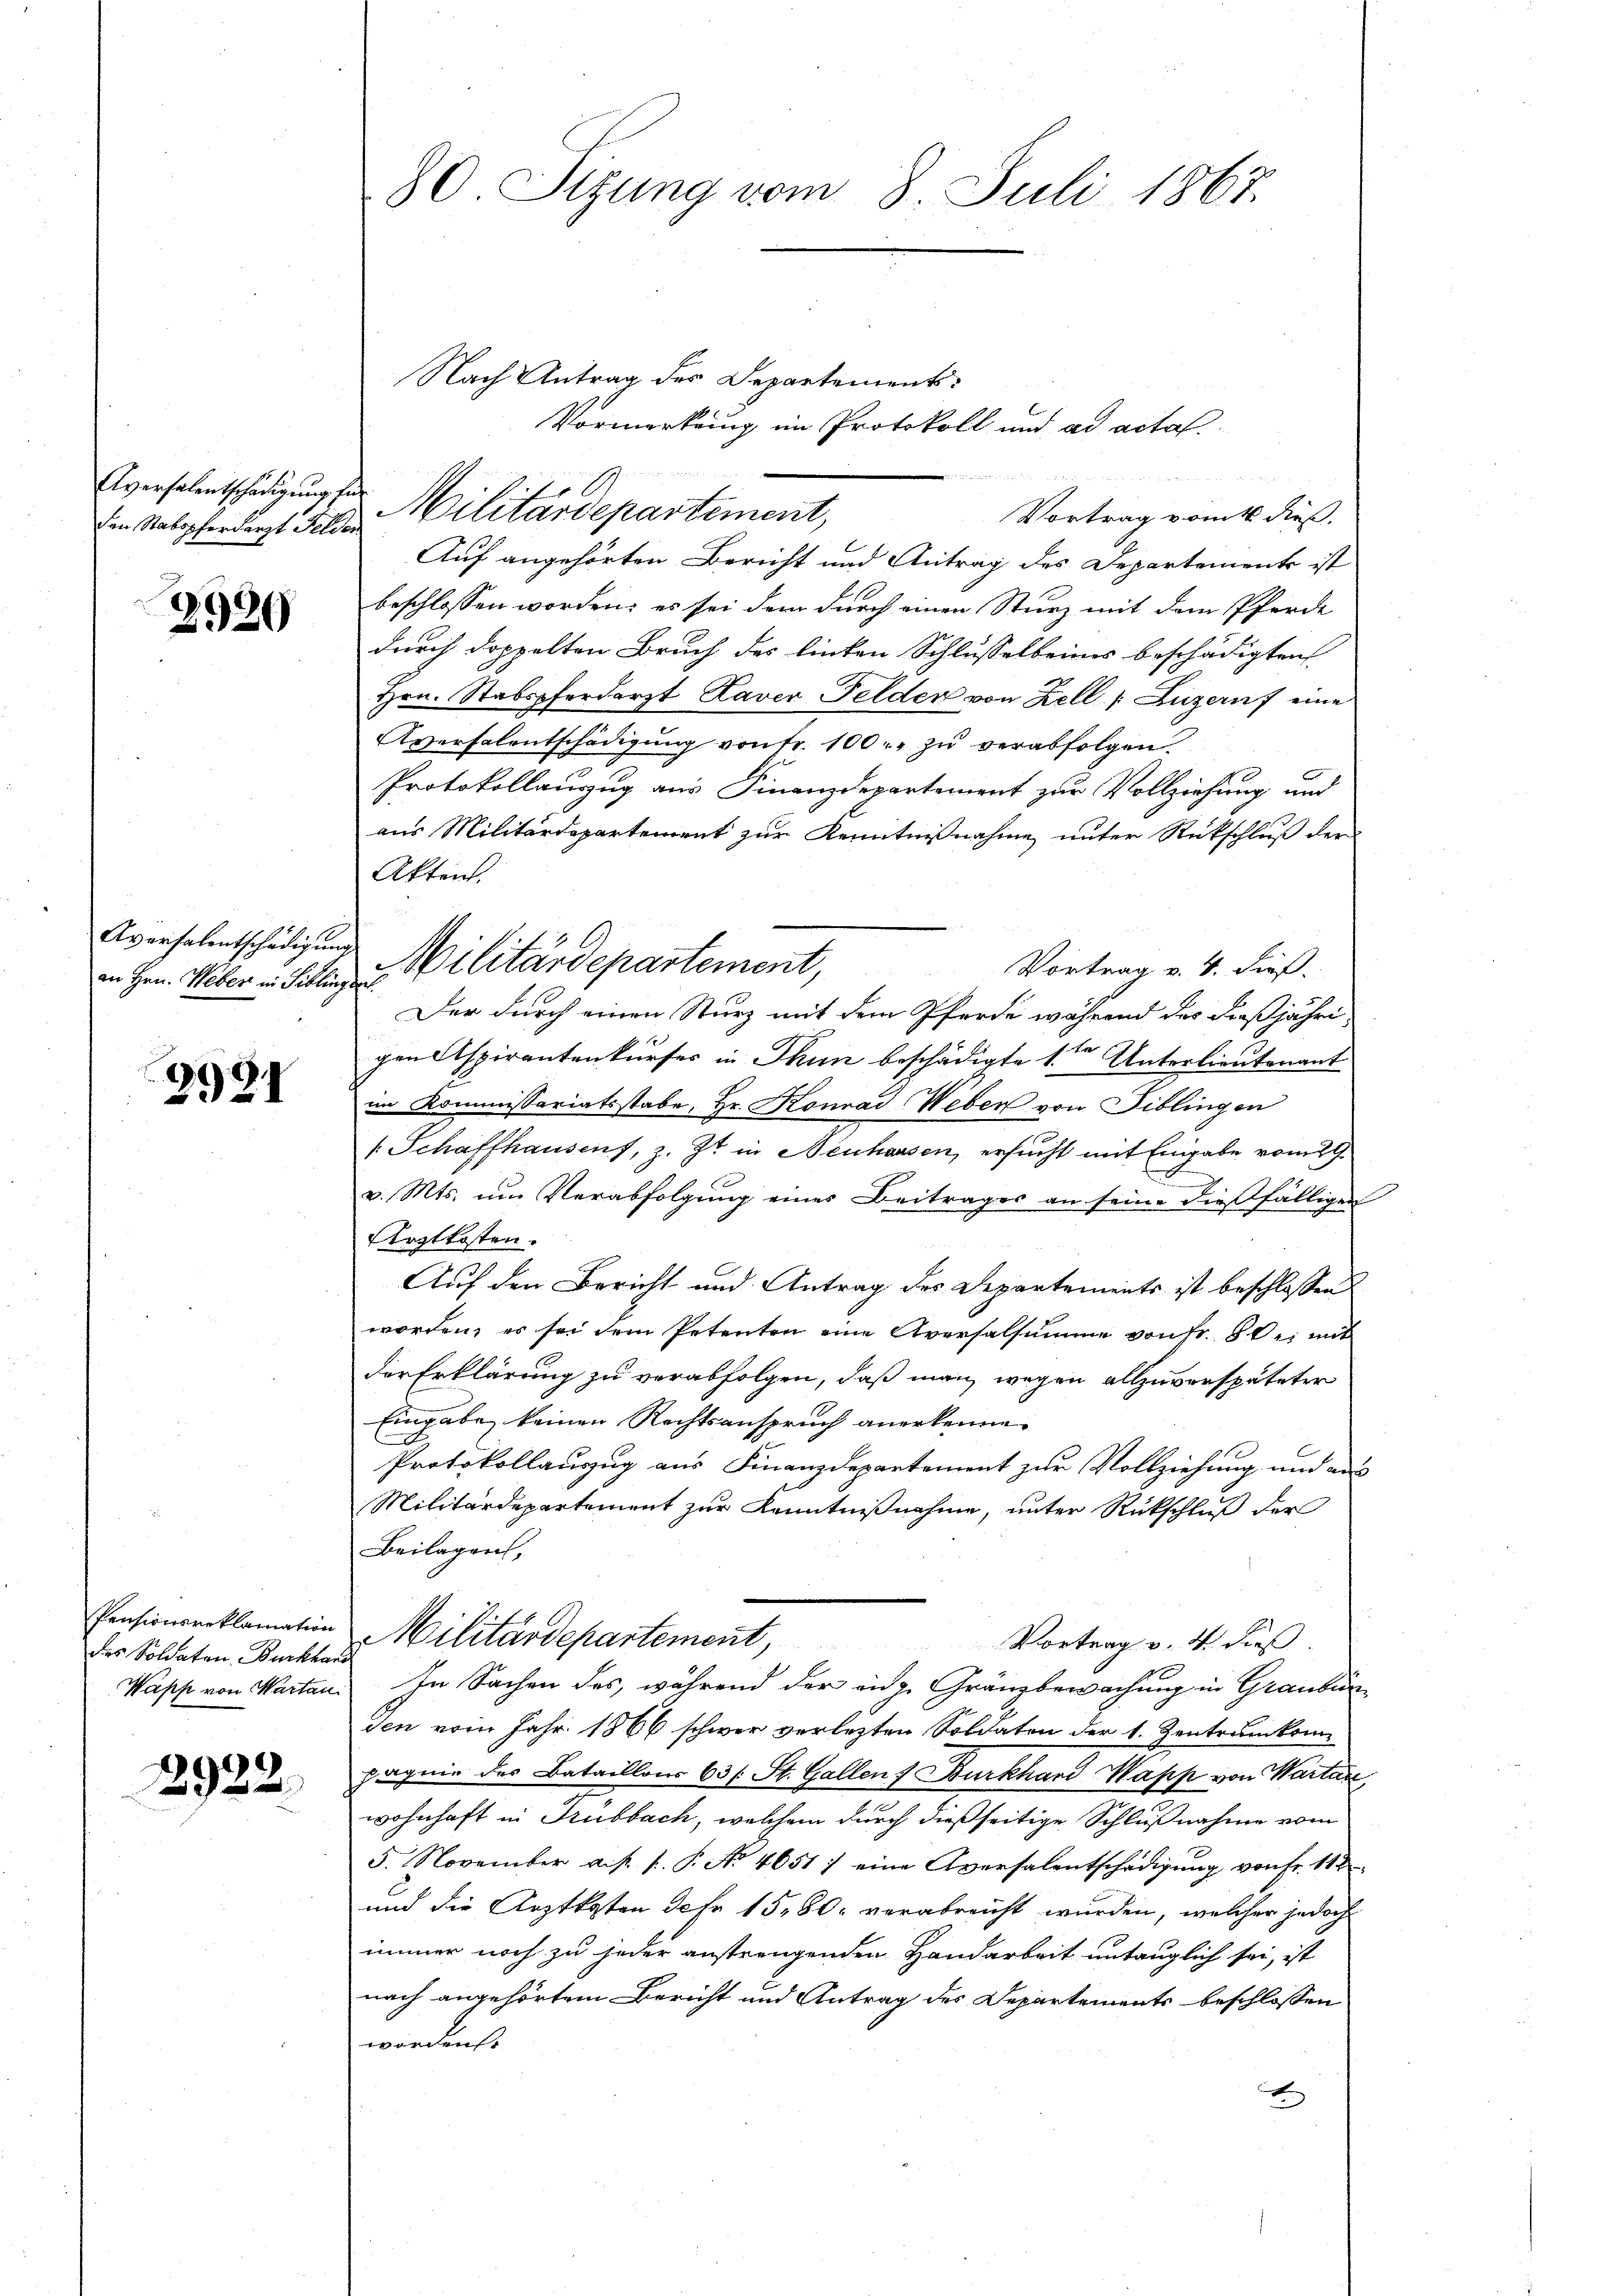
Aversalentschädigung En
den Stabopferdarzt Felden

2920

Aversalentschädigung
an Hrn. Weber in Bibling.

2991

Pensionsreklamation
des Soldaten Burckhar
Wapp von Wartan

2922.

80. Sizung vom 8. Juli 1867.

Nach Antrag des Departement:
Vormerkung im Protokoll und ad acta

Vortrag vom 16 dieß.
Auf angehörten Bericht und Antrag des Departements ist
beschlossen worden; es sei dem durch einen Sturz mit dem Pferde
durch doppelten Bruch des linken Schlusselbeines beschädigten
Hrn. Stabspferdarzt Laver Felder von Zell (Luzern eine
Aversalentschädigung von fr. 100. zu verabfolgen.
Protokollauszug aus Finanzdepartement zur Vollziehung und
aus Militärdepartement zur Kenntnißnahme unter Rückschluß der
Akten.
Militärdepartement,
Vortrag v. 4. dieß.
of
Der durch einen Sturz mit dem Pferde während das dießjähre
gen Aspirantenkurses in Thun beschädigte 1ten Unterlieutenant
im Kommissariatsstabe, Hr. Konrad Weber von Fiblingen
[Schaffhausens, z. Zt. in Neuhausen, ersucht mit Eingabe vom 27.
e
v. Mts. um Verabfolgung eines Beitrages an seine dießfälligen
Arztkosten.
Auf den Bericht und Antrag des Departements ist beschlossen
worden, es sei dem Petenten eine Aversalsumme von Fr. 80, mit
der Erklärung zu verabfolgen, daß man wegen allzuverspäteter
Eingabe keinen Rechtsanspruch anerkenne.
Protokollauzug aus Finanzdepartement zur Vollziehung und ei
Militärdepartement zur Kenntnißnahme, unter Rückschluß der
Beilagen,
Militärdepartement,
Vortrag v. 4. Fuß.
In Sachen des, während der eidg. Gränzbewachung in Graubün
den vom Jahr 1866 schwer verlezten Soldaten der 1. Zentrumkompagnie des Bataillons 63 f. St. Gallen f Burkhard Wapp von Wartan
wohnhaft in Trubbach, welchem durch dießseitige Schlußnahme vom
5. November a. p. s. P. No 4651) eine Aversalentschädigŭng von fr. 112
und die Arztkaten Jahr 15, 80 verabreicht wurden, welcher jedoch
immer noch zu jeder anstrengenden Handarbeit untauglich sei, ist
nach angehörtem Bericht und Antrag des Departements beschlossen
worden.
B

Militärdepartement,